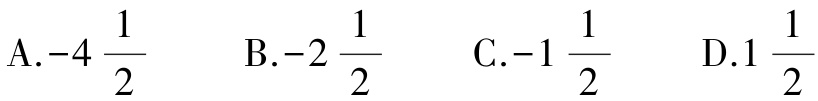
A.$-4\frac{1}{2}$  B.$-2\frac{1}{2}$  C.$-1\frac{1}{2}$  D.$1\frac{1}{2}$